Vaccination Hyderabad 1890-1903 - 1890-1903
Year: 1890
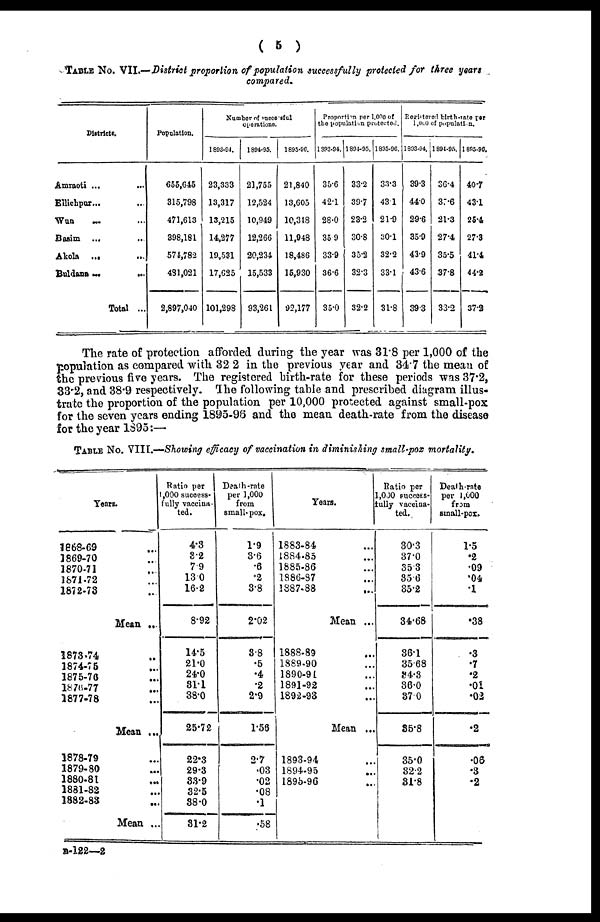
( 5 )
TABLE No. VII.—District proportion of population successfully protected for three years
compared.
Districts.
Amraoti ... ...
Ellichpur...
...
Wun ... ...
Basim ... ...
Akola ...
...
Buldana
...
...
Total ...
Population.
655,645
315,798
471,613
398,181
574,782
431,021
2,897,040
Number of successful
operations.
1893-94.
23,333
13,317
13,215
14,277
19,531
17,625
101,298
1894-95.
21,755
12,524
10,949
12,266
20,234
15,533
93,261
1895-96.
21,840
13,605
10,348
11,948
18,486
15,930
92,177
Proportion per 1,000 of
the population protected.
1893-94.
35.6
42.1
28.0
35.9
33.9
36.6
35.0
1894-95.
33.2
39.7
23.2
30.8
35.2
32.3
32.2
1895-96.
33.3
43.1
21.9
30.1
32.2
33.1
31.8
Registered birth-rate per
1,000 of population.
1893-94.
39.3
44.0
29.6
35.9
43.9
43.6
39.3
1894-95.
36.4
37.6
21.3
27.4
35.5
37.8
33.2
1895-98.
40.7
43.1
25.4
27.3
41.4
44.2
37.2
The rate of protection afforded during the year was 31.8 per 1,000 of the
population as compared with 32 2 in the previous year and 34.7 the mean of
the previous five years. The registered birth-rate for these periods was 37.2,
33.2, and 38.9 respectively. The following table and prescribed diagram illus-
trate the proportion of the population per 10,000 protected against small-pox
for the seven years ending 1895-96 and the mean death-rate from the disease
for the year 1895:—
TABLE No. VIII.—Showing efficacy of vaccination in diminishing small-pox mortality.
Years.
1868-69 ...
1869-70 ...
1870-71 ...
1671-72 ...
1872-73 ...
Mean ...
1873-74 ...
1874-75 ...
1875-76 ...
1876-77 ...
1877-78 ...
Mean ...
1878-79 ...
1879-80 ...
1880-81 ...
1881-82 ...
1882-83 ...
Mean ...
Ratio per
1 ,000 success-
fully vaccina-
ted.
4.3
3.2
7.9
13.0
16.2
8.92
14.5
21.0
24.0
31.1
38.0
25.72
22.3
29.3
33.9
32.5
38.0
31.2
Death-rate
per 1,000
from
small-pox.
1.9
3.6
.6
.2
3.8
2.02
3.8
.5
.4
.2
2.9
1.56
2.7
.03
.02
.08
.1
.58
Years.
1883-84 ...
1884-85 ...
1885-86 ...
1886-87
1887-88 ...
Mean ...
1888-89 ...
1889-90 ...
1890-91 ...
1891-92
1892-93 ...
Mean ...
1893-94 ...
1894-95 ...
1895-96 ...
Ratio per
1,000 success¬
fully vaccina-
ted.
30.3
37.0
35.3
35.6
35.2
34.68
36.1
35.68
34.3
36.0
37.0
35.8
35.0
32.2
31.8
Death-rate
per 1,000
from
small-pox.
1.5
.2
.09
.04
.1
.38
.3
.7
.2
.01
.02
.2
.06
.3
.2
B-122—2